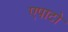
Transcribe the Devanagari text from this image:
एपाटो